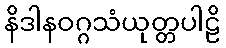
နိဒါနဝဂ္ဂသံယုတ္တပါဠိ